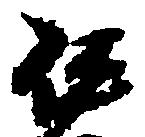
伊